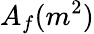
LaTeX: A_{f}(m^{2})